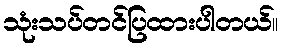
သုံးသပ်တင်ပြထားပါတယ်။